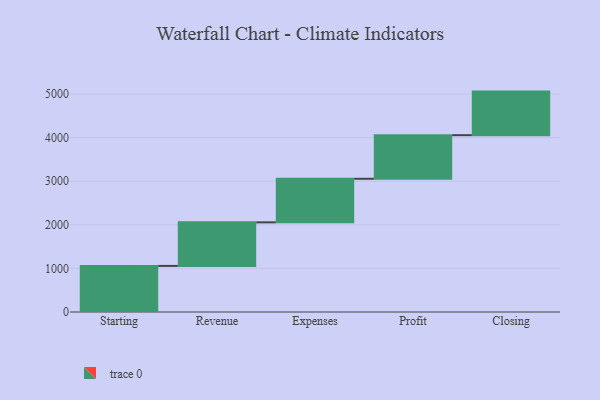
{"axis": {"x": "Step", "y": "Value"}, "legend": [""], "data": [{"x": "Starting", "y": 1057.0, "type": ""}, {"x": "Revenue", "y": 1000, "type": ""}, {"x": "Expenses", "y": 1000, "type": ""}, {"x": "Profit", "y": 1000, "type": ""}, {"x": "Closing", "y": 1000, "type": ""}]}